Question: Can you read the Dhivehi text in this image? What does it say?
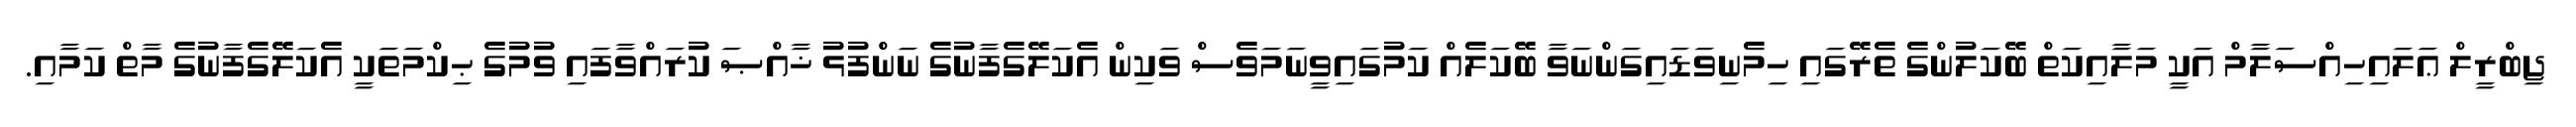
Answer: ޖިބްރީލް ޢަލައިހިއްސަލާމް އަކީ މަލާއިކަތް ބޭކަލުންގެ ތެރޭގައި ހިމެނިވަޑައިގަންނަވާ ބޭކަލެއް ކަމުގައިވީނަމަވެސް ވަކިން އެކަލޭގެފާނުގެ ނަންފުޅު ޚާއްޞަ ކުރައްވާފައި ވުމުގެ ޙިކްމަތަކީ އެކަލޭގެފާނުގެ މާތް ކަމާއި.